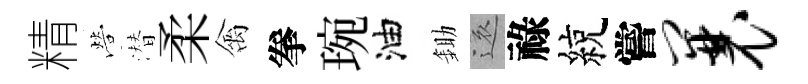
精營潜柔禽拳琬油鋤還祿綂嘗曩